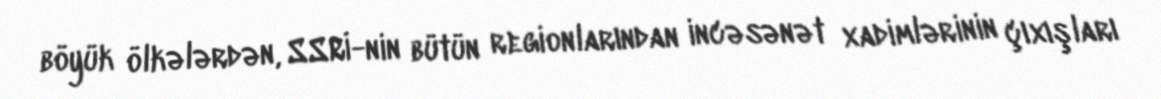
böyük ölkələrdən, SSRİ-nin bütün regionlarından incəsənət xadimlərinin çıxışları